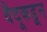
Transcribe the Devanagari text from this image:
वैदूकडून